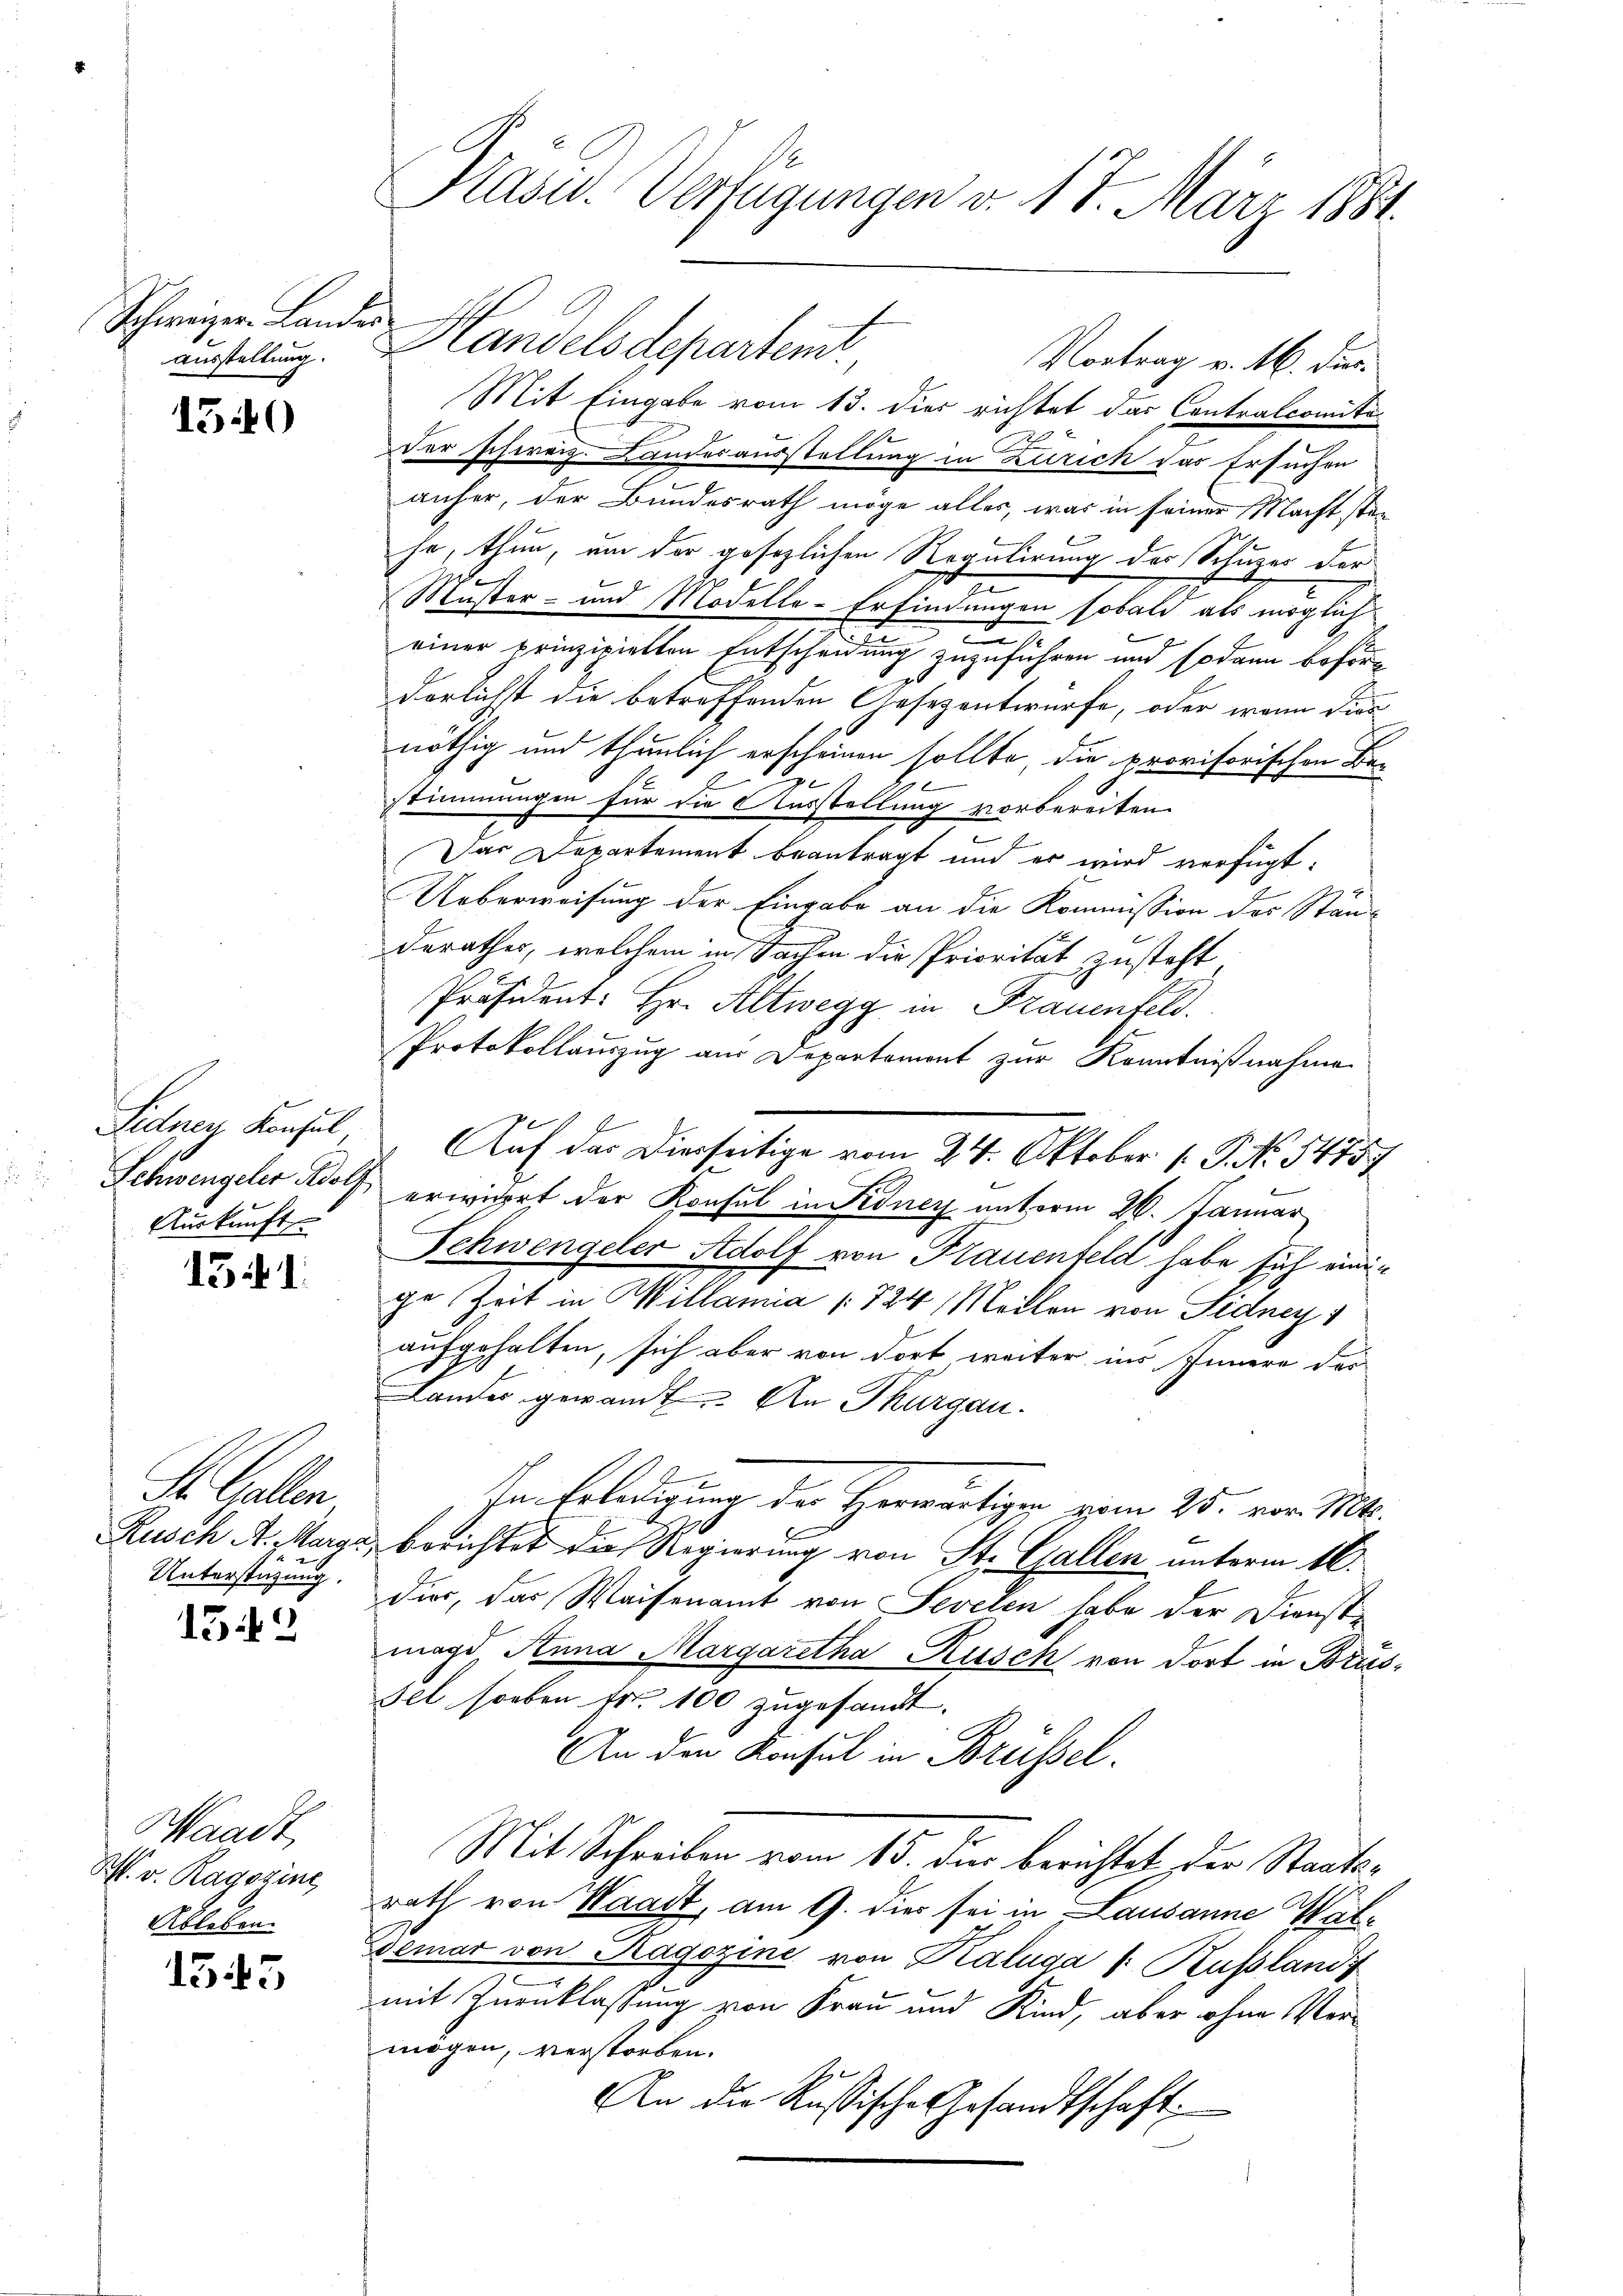
Schweizer. Landes.
Ausstellung.

1540

Sidney Konsul
Schwengeler Adolf,
Auskunft

131

St. Gallen
Unterstützung.

1542

Waadt,
M. v. Ragazine
Ableben.

1545

Kasu. Verfügungen v. 17. März 1881.

Handelsdeparteme
Vortrag v. M. dur¬
Mit Eingabe vom 13. Dies richtet das Contralcomitader schweiz. Landesausstellung in Zürich das Ersuchen
anher, der Bundesrath möge alles, was in seiner Macht stanhe, thun, um der gesezlichen Regulirung der Schuzer der
i
Muster- und Modelle-Erfindungen sobald als möglich
d
einer prinzipielten Entscheidung zuzuführen und sodann beför¬
0
derlichst die betreffenden Gesezentwurfe, oder wann dies
nöthig und thunlich erscheinen sollte die provisorischen Bestimmungen für die Ausstellung vorbereiten.
E
Das Departement beantragt und er wird verfügt:
Ueberweisung der Eingabe an die Kommission der Stän-
derathes, welchem in Sachen die Priorität zusteht
Präsident: Hr. Altwegg in Frauenfeld.
Protokollauszug aus Departement zur Kenntnißnahme
erwidert der Konsul in Fedner unterm 26. Januar
Schwengeler Adolf von Frauenfeld habe sich einige Zeit in Willamia 1824, Meilen von Sidney
aufgehalten, sich aber von dort weiter ins Innern der
Lander gewandt. An Thurgau.
Im Erledigung der Herwärtigen vom 25. von M.
Rusch A. Marge, berichtet die Regierung von St. Gallen unterm 16.
dier, das Waisenamt von Sevelen habe der Dienstmagd Anna Margaretha Rüsch von dort in Bris¬
Fel soeben fr. 100 zugesandt.
An den Konsul in Brüssel.
Mit Schreiben vom 15. dir berichtet der Staatsrath von Waadt, am 9. dies sei in Lausanne Wal¬
Demar von Ragazine von Kaluga v. Rußland
mit Zurücklassung von Frau und Kind, aber ohne Vermögen, verstorben.
An die Russische Gesandtschaft.

Auf der Dierseitige vom 24. Oktober 1. P. Nr. 54757